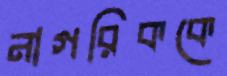
নাগরিককে